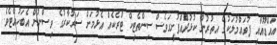
އައްޑޫއާއި ފުވައްމުލަކުގެ އިތުރުން ކުޅުދުެއްފުށީގަވެސް ސިންތެޓިކް ޓްރެކެއް އެޅުމަށް ސަރުކާރުގެ ވިސްނުން އެބަހުއްޓެވެ.